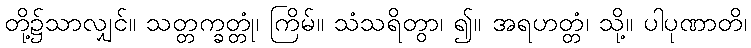
တို့၌သာလျှင်။ သတ္တက္ခတ္တုံ၊ ကြိမ်။ သံသရိတွာ၊ ၍။ အရဟတ္တံ၊ သို့။ ပါပုဏာတိ၊